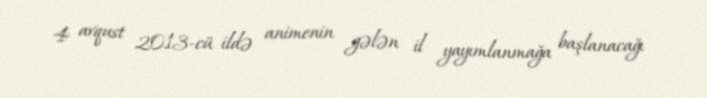
4 avqust 2013-cü ildə animenin gələn il yayımlanmağa başlanacağı